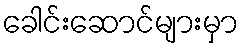
ခေါင်းဆောင်များမှာ